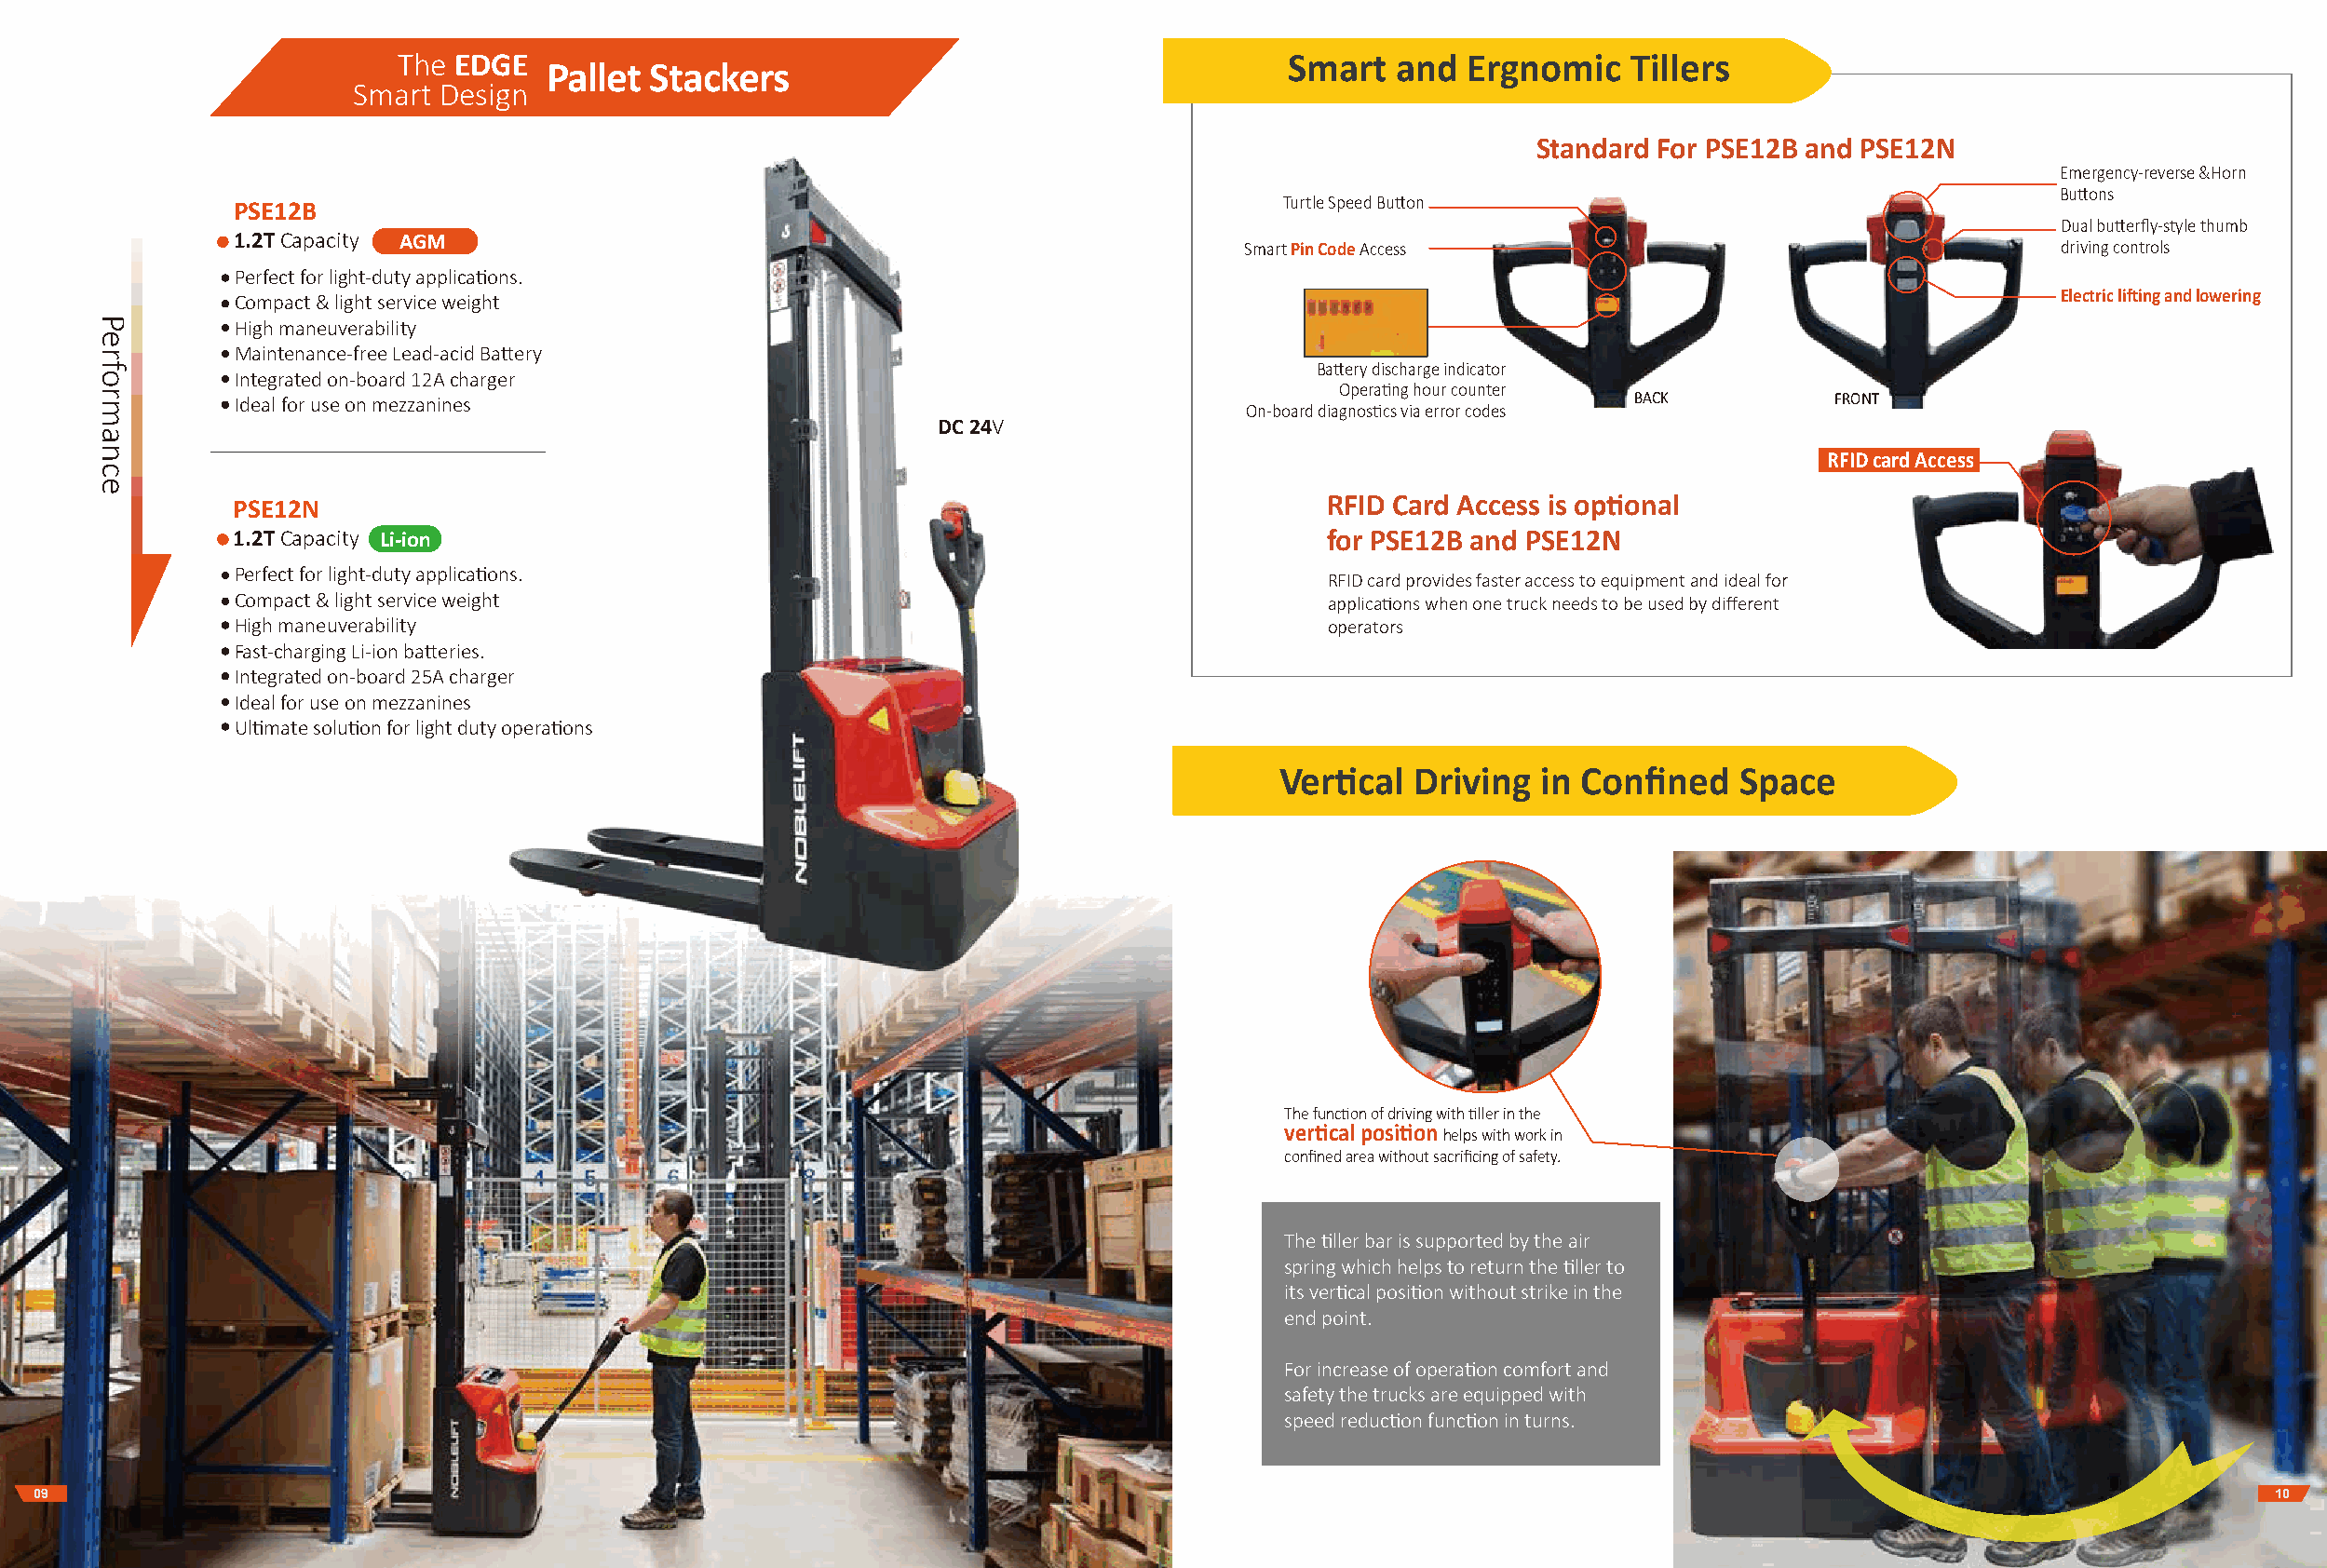
The EDGE                                                        Smart  and  Ergnomic    Tillers
 Pallet Stackers
 Smart Design
 Standard For PSE12B and PSE12N
 Emergency-reverse &Horn
 Buttons
 Turtle Speed Button
 PSE12B
 Dual butterfly-style thumb
 1.2T Capacity AGM                                                      Smart Pin Code Access                                      driving controls
 Perfect for light-duty applications.
 Compact & light service weight                                                                                                    Electric lifting and lowering
 High maneuverability
 Maintenance-free Lead-acid Battery
 Battery discharge indicator
 Integrated on-board 12A charger
 Operating hour counter
 Ideal for use on mezzanines                                                                        BACK          FRONT
 On-board diagnostics via error codes
 DC 24V
 RFID card Access
 PSE12N                                                                       RFID Card Access is optional
 1.2T Capacity Li-ion                                                         for PSE12B and PSE12N
 Perfect for light-duty applications.
 RFID card provides faster access to equipment and ideal for
 Compact & light service weight                                               applications when one truck needs to be used by different
 High maneuverability                                                         operators
 Fast-charging Li-ion batteries.
 Integrated on-board 25A charger
 Ideal for use on mezzanines
 Ultimate solution for light duty operations
 Vertical  Driving  in Confined   Space
 The function of driving with tiller in the
 vertical position helps with work in
 confined area without sacrificing of safety.
 The tiller bar is supported by the air
 spring which helps to return the tiller to
 its vertical position without strike in the
 end point.
 For increase of operation comfort and
 safety the trucks are equipped with
 speed reduction function in turns.
 09                                                                                                                                                              10
 Performance